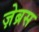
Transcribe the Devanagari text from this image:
ज़ेब्रस